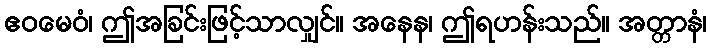
ဧဝမေဝံ၊ ဤအခြင်းဖြင့်သာလျှင်။ အနေန၊ ဤရဟန်းသည်။ အတ္တာနံ၊